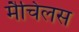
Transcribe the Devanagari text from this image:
मैचिलस